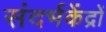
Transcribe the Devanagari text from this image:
संदर्भकेंद्रों